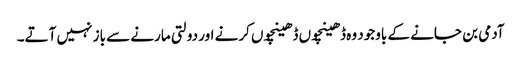
آدمی بن جانے کے باوجود وہ ڈھینچوں ڈھینچوں کرنے اور دولتی مارنے سے باز نہیں آتے۔